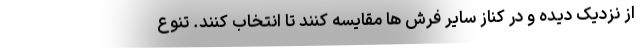
از نزدیک دیده و در کناز سایر فرش ها مقایسه کنند تا انتخاب کنند. تنوع